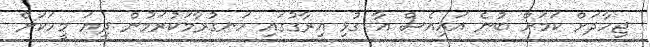
ޖިހާދަށް ކަމަށް ބުނެ އައިއެސް އާ ގުޅި އިރާގުގައި ހަނގުރާމަކުރަމުން ދިޔަ މީހަކަށް